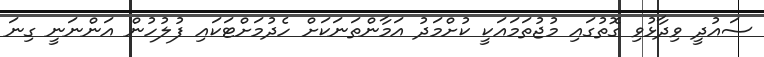
ސައުދީ ވިދާޅުވި ގޮތުގައި މުޖުތަމައަކީ ކުށްމަދު އަމާންތަނަކަށް ހެދުމަށްޓަކައި ފުލުހުން އަންނަނީ ގިނަ